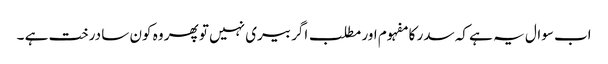
اب سوال یہ ہے کہ سدر کا مفہوم اور مطلب اگر بیری نہیں تو پھر وہ کون سا درخت ہے ۔